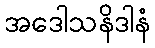
အဒေါသနိဒါနံ